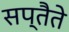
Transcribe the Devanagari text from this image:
सप्तैते